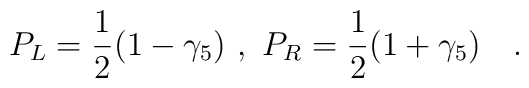
P_{L}=\frac{1}{2}(1-\gamma_{5})\ ,\ P_{R}=\frac{1}{2}(1+\gamma_{5})\quad .